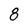
Character: 8